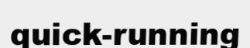
quick-running